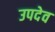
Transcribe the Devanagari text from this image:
उपदेव